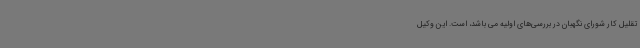
تقلیل کار شورای نگهبان در بررسی‌های اولیه می باشد، است. این وکیل